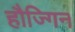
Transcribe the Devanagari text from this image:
हौज्गिन